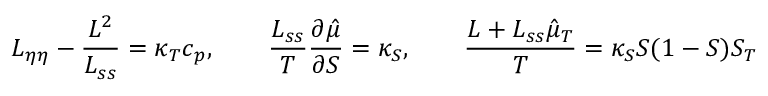
L _ { \eta \eta } - \frac { L ^ { 2 } } { L _ { s s } } = \kappa _ { T } c _ { p } , \qquad \frac { L _ { s s } } { T } \frac { \partial \hat { \mu } } { \partial S } = \kappa _ { S } , \qquad \frac { L + L _ { s s } \hat { \mu } _ { T } } { T } = \kappa _ { S } S ( 1 - S ) S _ { T }